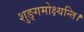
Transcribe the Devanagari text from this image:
शुङ्गमोक्ष्यन्ति।